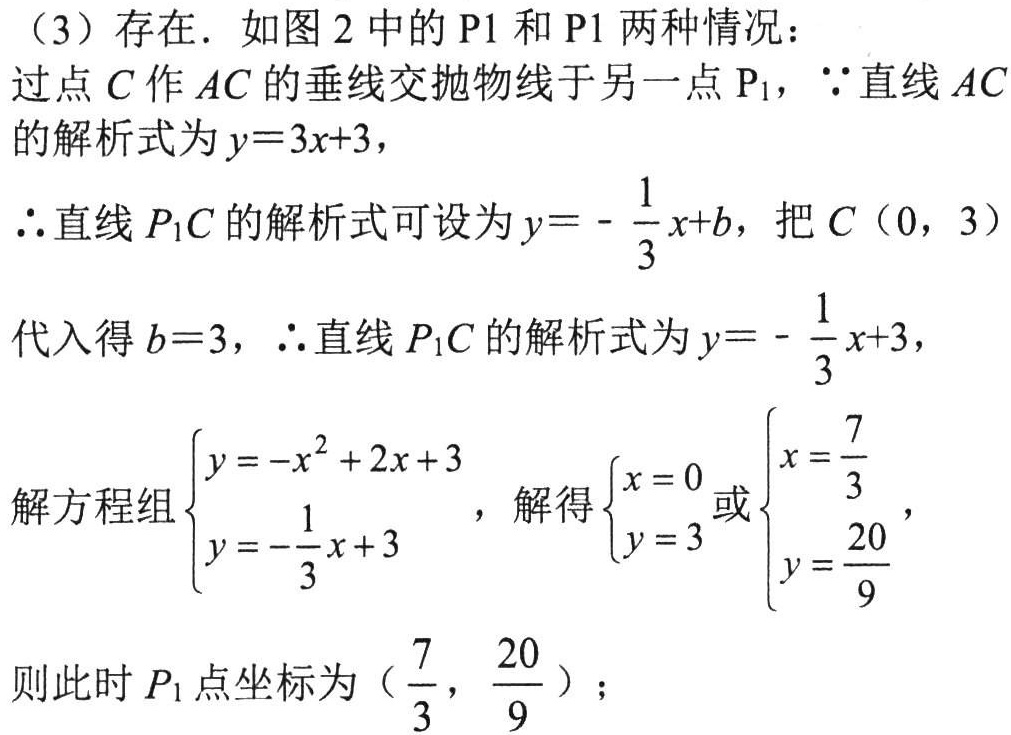
（3）存在．如图 2 中的 P1 和 P1 两种情况：
过点 \(C\) 作 \(AC\) 的垂线交抛物线于另一点 \(P_1\)，\(\because\)直线 \(AC\) 的解析式为 \(y = 3x + 3\)，
\(\therefore\)直线 \(P_1C\) 的解析式可设为 \(y=-\frac{1}{3}x + b\)，把 \(C(0,3)\)
代入得 \(b = 3\)，\(\therefore\)直线 \(P_1C\) 的解析式为 \(y=-\frac{1}{3}x + 3\)，
解方程组\(\begin{cases}y=-x^{2}+2x + 3\\y=-\frac{1}{3}x + 3\end{cases}\)，解得\(\begin{cases}x = 0\\y = 3\end{cases}\)或\(\begin{cases}x=\frac{7}{3}\\y=\frac{20}{9}\end{cases}\)，
则此时 \(P_1\) 点坐标为\((\frac{7}{3},\frac{20}{9})\)；